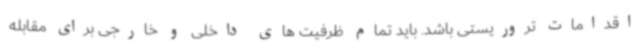
اقدامات تروریستی باشد. باید تمام ظرفیت های داخلی و خارجی برای مقابله